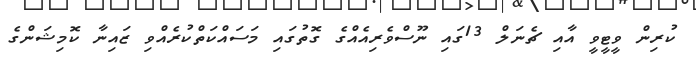
ކުރިން ވީޓީވީ އާއި ޗެނަލް 13ގައި ނޫސްވެރިއެއްގެ ގޮތުގައި މަސައްކަތްކުރެއްވި ޒައިނާ ކޮމިޝަންގެ